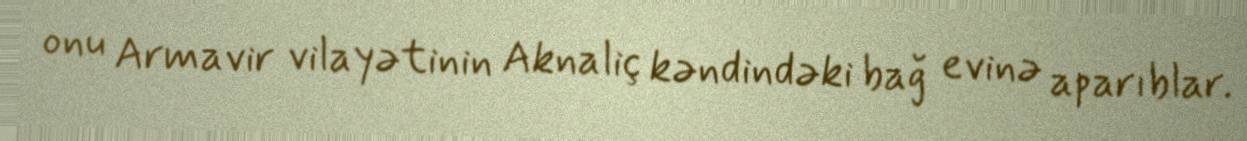
onu Armavir vilayətinin Aknaliç kəndindəki bağ evinə aparıblar.